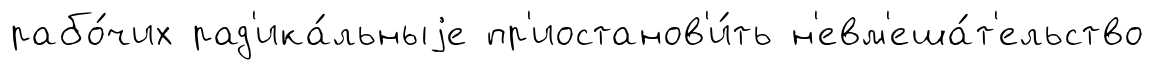
рабо́чих рад'ика́льныjе пр'иостанов'и́ть н'евм'еша́т'ельство